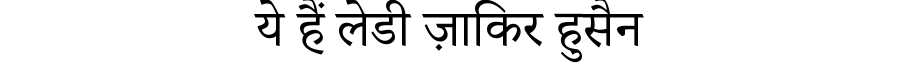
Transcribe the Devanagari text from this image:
ये हैं लेडी ज़ाकिर हुसैन